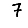
Digit: 7